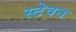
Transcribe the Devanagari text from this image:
स्टेवन